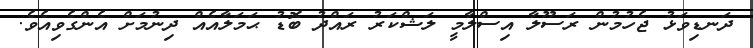
ދަނޑިވަޅު ޖެހުމުން ރަސޫލާ އިސްލާމީ ލަޝްކަރު ރައްދު ބޮޑު ޙަމަލާއެއް ދިނުމަށް އެންގެވިއެވެ.